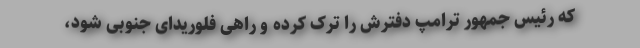
که رئیس جمهور ترامپ دفترش را ترک کرده و راهی فلوریدای جنوبی شود،